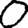
Digit: 0